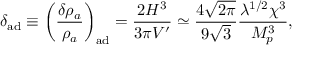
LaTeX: \delta _ { \mathrm { a d } } \equiv \left( \frac { \delta \rho _ { a } } { \rho _ { a } } \right) _ { \mathrm { a d } } = \frac { 2 H ^ { 3 } } { 3 \pi V ^ { \prime } } \simeq \frac { 4 \sqrt { 2 \pi } } { 9 \sqrt { 3 } } \frac { \lambda ^ { 1 / 2 } \chi ^ { 3 } } { M _ { p } ^ { 3 } } ,